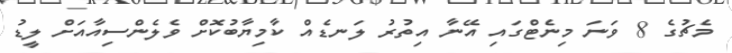
މެޗުގެ 8 ވަނަ މިނެޓްގައި އޭނާ އިތުރު ލަނޑެއް ކާމިޔާބުކޮށް ވެލެންސިއާއަށް ލީޑު